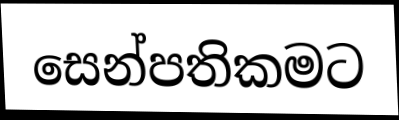
සෙන්පතිකමට